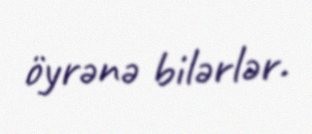
öyrənə bilərlər.